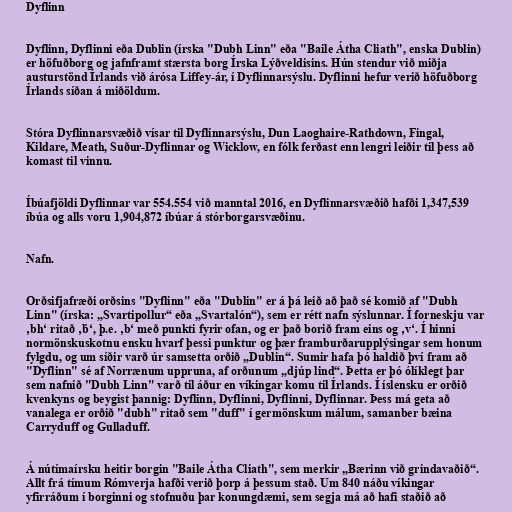
Dyflinn

Dyflinn, Dyflinni eða Dublin (írska "Dubh Linn" eða "Baile Átha Cliath", enska Dublin)
er höfuðborg og jafnframt stærsta borg Írska Lýðveldisins. Hún stendur við miðja
austurstönd Írlands við árósa Liffey-ár, í Dyflinnarsýslu. Dyflinni hefur verið höfuðborg
Írlands síðan á miðöldum.

Stóra Dyflinnarsvæðið vísar til Dyflinnarsýslu, Dun Laoghaire-Rathdown, Fingal,
Kildare, Meath, Suður-Dyflinnar og Wicklow, en fólk ferðast enn lengri leiðir til þess að
komast til vinnu.

Íbúafjöldi Dyflinnar var 554.554 við manntal 2016, en Dyflinnarsvæðið hafði 1,347,539
íbúa og alls voru 1,904,872 íbúar á stórborgarsvæðinu.

Nafn.

Orðsifjafræði orðsins "Dyflinn" eða "Dublin" er á þá leið að það sé komið af "Dubh
Linn" (írska: „Svartipollur“ eða „Svartalón“), sem er rétt nafn sýslunnar. Í forneskju var
‚bh‘ ritað ‚ḃ‘, þ.e. ‚b‘ með punkti fyrir ofan, og er það borið fram eins og ‚v‘. Í hinni
normönskuskotnu ensku hvarf þessi punktur og þær framburðarupplýsingar sem honum
fylgdu, og um síðir varð úr samsetta orðið „Dublin“. Sumir hafa þó haldið því fram að
"Dyflinn" sé af Norrænum uppruna, af orðunum „djúp lind“. Þetta er þó ólíklegt þar
sem nafnið "Dubh Linn" varð til áður en víkingar komu til Írlands. Í íslensku er orðið
kvenkyns og beygist þannig: Dyflinn, Dyflinni, Dyflinni, Dyflinnar. Þess má geta að
vanalega er orðið "dubh" ritað sem "duff" í germönskum málum, samanber bæina
Carryduff og Gulladuff.

Á nútímaírsku heitir borgin "Baile Átha Cliath", sem merkir „Bærinn við grindavaðið“.
Allt frá tímum Rómverja hafði verið þorp á þessum stað. Um 840 náðu víkingar
yfirráðum í borginni og stofnuðu þar konungdæmi, sem segja má að hafi staðið að